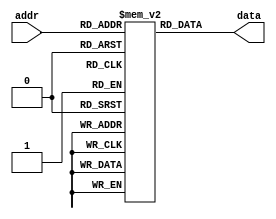
module parameterized_rom #(parameter ADDR_WIDTH = 4,     // Width of the address
                            parameter DATA_WIDTH = 8)    // Width of the data
                            (input  wire [ADDR_WIDTH-1:0] addr,  // Address input
                             output reg  [DATA_WIDTH-1:0] data); // Data output

    // Calculate the total number of entries in the ROM
    localparam NUM_ENTRIES = 1 << ADDR_WIDTH;

    // Memory array declaration
    reg [DATA_WIDTH-1:0] memory [0:NUM_ENTRIES-1];

    // Initial block to load memory contents
    initial begin
        // Initialize ROM with certain values (example values)
        // This can be modified or replaced with a memory initialization file
        memory[0] = 8'h00;
        memory[1] = 8'h01;
        memory[2] = 8'h02;
        memory[3] = 8'h03;
        memory[4] = 8'h04;
        memory[5] = 8'h05;
        memory[6] = 8'h06;
        memory[7] = 8'h07;
        // ... continue initializing as needed for the desired size
        // For ADDR_WIDTH = 4, you should initialize up to 16 entries.
        memory[8]  = 8'h08;
        memory[9]  = 8'h09;
        memory[10] = 8'h0A;
        memory[11] = 8'h0B;
        memory[12] = 8'h0C;
        memory[13] = 8'h0D;
        memory[14] = 8'h0E;
        memory[15] = 8'h0F;
    end

    // Read operation
    always @(*) begin
        data = memory[addr];
    end

endmodule